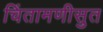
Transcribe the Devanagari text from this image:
चिंतामणीसुत